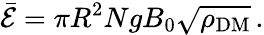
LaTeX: \bar{\cal E}=\pi R^{2}NgB_{0}\sqrt{\rho_{\mathrm{DM}}}\, .